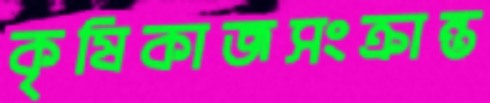
কৃষিকাজসংক্রান্ত